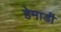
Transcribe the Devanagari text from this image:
हेमाडी